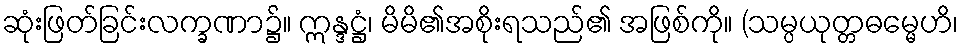
ဆုံးဖြတ်ခြင်းလက္ခဏာ၌။ ဣန္ဒဋ္ဌံ၊ မိမိ၏အစိုးရသည်၏ အဖြစ်ကို။ (သမ္ပယုတ္တဓမ္မေဟိ၊